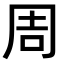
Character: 周